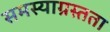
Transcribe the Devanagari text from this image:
समस्याग्रस्तता